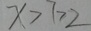
x > 7 > 2